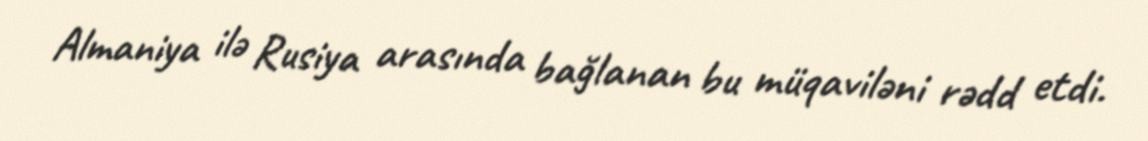
Almaniya ilə Rusiya arasında bağlanan bu müqaviləni rədd etdi.